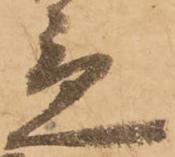
急